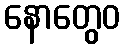
နောတွေဝ